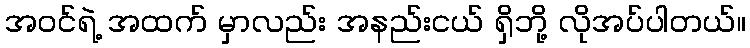
အဝင်ရဲ့ အထက် မှာလည်း အနည်းငယ် ရှိဘို့ လိုအပ်ပါတယ်။